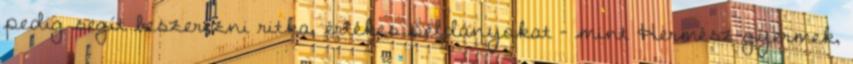
pedig segít beszerezni ritka, értékes példányokat - mint Hermész-gyermek,